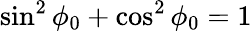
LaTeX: \sin^{2}\phi_{0}+\cos^{2}\phi_{0}=1